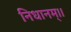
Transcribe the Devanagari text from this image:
निधानम्।।